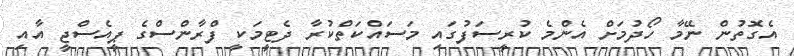
އެގޮތުން ނޭމާ ހޯދުމަށް އެންމެ ކުރީސަފުގައި މަސައްކަތްކުރާ ދެޓީމަކީ ފްރާންސްގެ ޕީއެސްޖީ އާއި